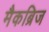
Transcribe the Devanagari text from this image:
मैकब्रिज